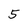
Character: 5